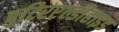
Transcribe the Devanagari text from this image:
बुटिरएल्डीहाइड